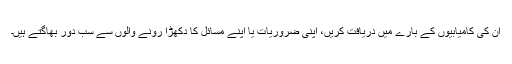
ان کی کامیابیوں کے بارے میں دریافت کریں، اپنی ضروریات یا اپنے مسائل کا دکھڑا رونے والوں سے سب دُور بھاگتے ہیں۔